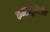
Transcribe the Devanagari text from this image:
कनड्यूरिटॉल